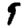
Digit: 9